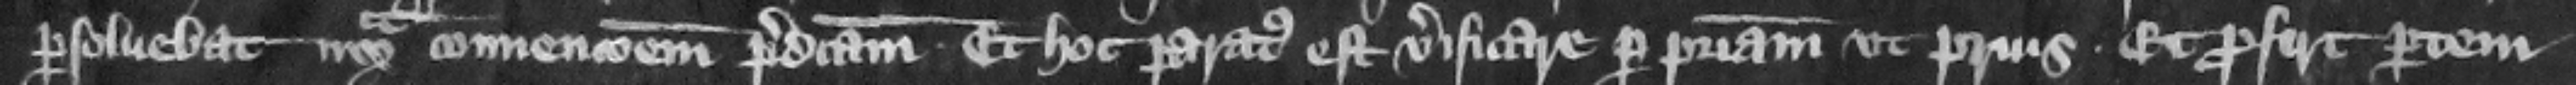
persoluebat iuxta conuencionem predictam. Et hoc paratus est verificare per patriam vt prius. Et profert parte